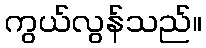
ကွယ်လွန်သည်။